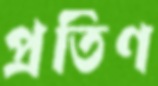
প্রতিণ